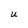
Character: U